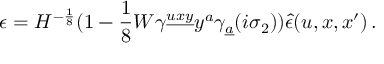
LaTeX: \epsilon = H ^ { - { \frac { 1 } { 8 } } } ( 1 - { \frac { 1 } { 8 } } W \gamma ^ { \underline { { { u x y } } } } y ^ { a } \gamma _ { \underline { { { a } } } } ( i \sigma _ { 2 } ) ) \hat { \epsilon } ( u , x , x ^ { \prime } ) \, .